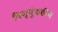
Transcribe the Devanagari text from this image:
निश्चुंबकीय